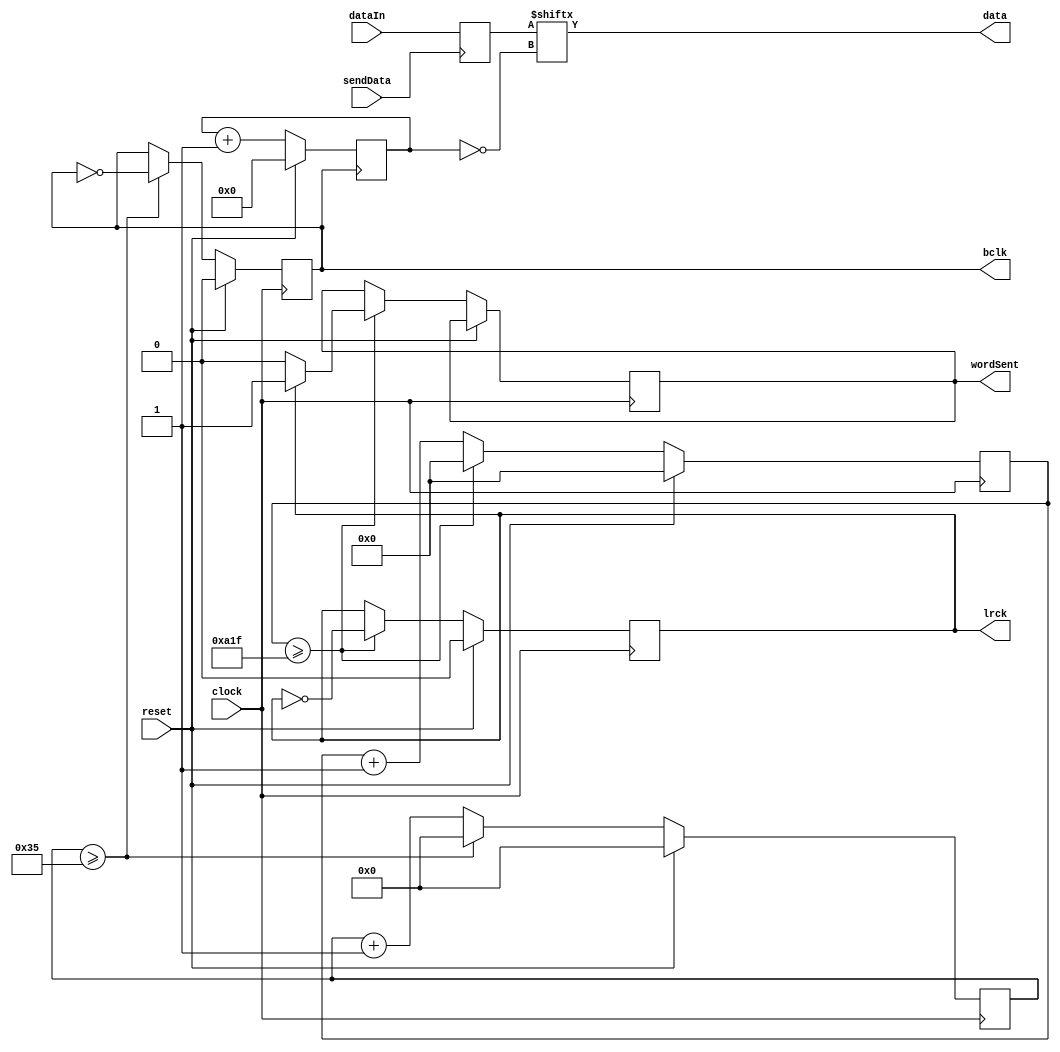
module codecInterface(	input clock,
						input reset,
						input [15:0] dataIn,
						input sendData,
						output reg bclk,
						output reg lrck,
						output data,
						output reg wordSent
						);
	
	parameter fs = 9600,
				 data_width = 24,
				 channels_number = 2,
				 clk_frequency = 49766400, //usar pll para essa frequencia
				 blck_counter_max = clk_frequency/(fs*data_width*channels_number*2) - 1, //
				 lrck_counter_max = clk_frequency/(fs*2) - 1;
	
	reg [3:0] data_index;
	reg [7:0] bclk_counter;
	reg [11:0] lrck_counter;
	reg [15:0] reg_data;
	reg [7:0] bclk_counter_max;
	
	assign data = reg_data[~data_index];

	//quando coloca sendData, salva a palavra a ser enviada
	always @ (posedge sendData) begin
		reg_data <= dataIn;
	end
	
	//calculo do bclk
	always @ (negedge clock) begin
		if (reset) begin
			bclk <= 0;
			bclk_counter <= 0;
		end
		else begin
			if (bclk_counter >= clk_frequency/(fs*data_width*channels_number*2) - 1) begin
				bclk <= ~bclk;
				bclk_counter <= 0;
			end
			else begin
				bclk_counter <= bclk_counter + 1;
			end
		end
	end

	//calculo do lrck
	always @ (negedge clock) begin
		if (reset) begin
			lrck <= 0;
			lrck_counter <= 0;
		end
		else begin
			if (lrck_counter >= clk_frequency/(fs*2) - 1) begin
				lrck <= ~lrck;
				lrck_counter <= 0;
				if (lrck == 1) begin //na virada de 1 para 0 do lrck a palavra foi enviada 2x
					wordSent <= 1;
				end
				else begin
					wordSent <= 0;
				end
			end
			else begin
				lrck_counter <= lrck_counter + 1;
			end
			
		end
	end

	always @ (negedge bclk) begin
		if (reset) begin
			data_index <= 0;
		end
		else begin
			data_index <= data_index + 1;
		end
	end
	
	
endmodule